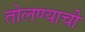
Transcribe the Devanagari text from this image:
तोलण्याची